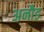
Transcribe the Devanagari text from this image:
अनौड